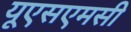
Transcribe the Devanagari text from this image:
यूएसएमसी